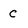
Character: C